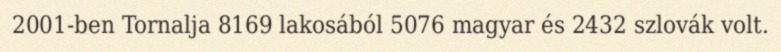
2001-ben Tornalja 8169 lakosából 5076 magyar és 2432 szlovák volt.